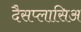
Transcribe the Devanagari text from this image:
दैसप्लासिअ